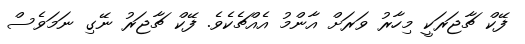
ފޭކް ޗާޖަރަކީ މިހާރު ވަރަށް އާންމު އެއްޗެކެވެ. ފޭކް ޗާޖަރު ނޭގި ނަމަވެސް